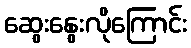
ဆွေးနွေးလိုကြောင်း